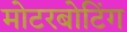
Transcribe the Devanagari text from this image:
मोटरबोटिंग